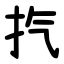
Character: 㧉